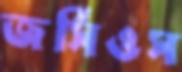
জর্সিওস